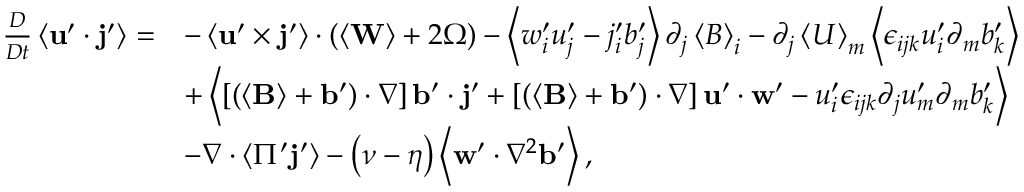
\begin{array} { r l } { \frac { D } { D t } \left\langle \mathbf { u } ^ { \prime } \cdot \mathbf { j } ^ { \prime } \right\rangle = } & { - \left\langle \mathbf { u } ^ { \prime } \times \mathbf { j } ^ { \prime } \right\rangle \cdot \left( \left\langle \mathbf { W } \right\rangle + 2 \boldsymbol { \Omega } \right) - \left\langle w _ { i } ^ { \prime } u _ { j } ^ { \prime } - j _ { i } ^ { \prime } b _ { j } ^ { \prime } \right\rangle \partial _ { j } \left\langle B \right\rangle _ { i } - \partial _ { j } \left\langle U \right\rangle _ { m } \left\langle \epsilon _ { i j k } u _ { i } ^ { \prime } \partial _ { m } b _ { k } ^ { \prime } \right\rangle } \\ & { + \left\langle \left[ \left( \left\langle \mathbf { B } \right\rangle + \mathbf { b } ^ { \prime } \right) \cdot \nabla \right] \mathbf { b } ^ { \prime } \cdot \mathbf { j } ^ { \prime } + \left[ \left( \left\langle \mathbf { B } \right\rangle + \mathbf { b } ^ { \prime } \right) \cdot \nabla \right] \mathbf { u } ^ { \prime } \cdot \mathbf { w } ^ { \prime } - u _ { i } ^ { \prime } \epsilon _ { i j k } \partial _ { j } u _ { m } ^ { \prime } \partial _ { m } b _ { k } ^ { \prime } \right\rangle } \\ & { - \nabla \cdot \left\langle \Pi ^ { \prime } \mathbf { j } ^ { \prime } \right\rangle - \left( \nu - \eta \right) \left\langle \mathbf { w } ^ { \prime } \cdot \nabla ^ { 2 } \mathbf { b } ^ { \prime } \right\rangle , } \end{array}